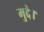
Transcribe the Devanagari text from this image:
मुद्दे।